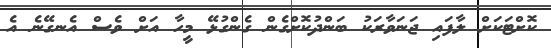
ކޮށްޓަކަށް ލާފައި ޖަނަވާރަކު ބަންދުކޮށްގެން ގެންގުޅޭ މީހާ އަށް ވެސް އެނގޭނެ އެ